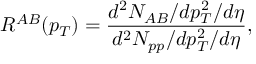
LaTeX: R ^ { A B } ( p _ { T } ) = \frac { d ^ { 2 } N _ { A B } / d p _ { T } ^ { 2 } / d \eta } { d ^ { 2 } N _ { p p } / d p _ { T } ^ { 2 } / d \eta } ,